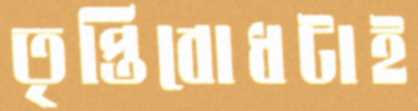
তৃপ্তিবোধটাই